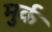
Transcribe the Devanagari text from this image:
मुर्क